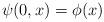
LaTeX: \begin{align*}\psi (0,x)=\phi (x) \end{align*}